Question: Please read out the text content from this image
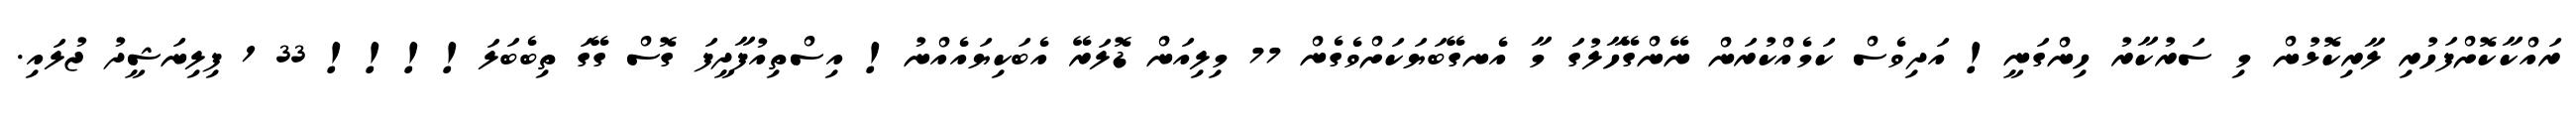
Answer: ރައްކާކޮށްފަހުރި ލާރިކޮޅުން މި ސަރުކާރު ހިންގަނީ! އަދިވެސް ކަމެއްކުރަން ނޭންގޭހާލުގަ މާ އެނގޭބަޔަކަށްވެގެން 77 މިލިއަން ޑޮލަރޭ އެބަކިޔައެއްނު! އިސްތިއުފާދީފަ ގޮސް ގޭގަ ތިބެބަލަ!!!! 33 1 ފިލިނަޝީދު ޖުލައި.